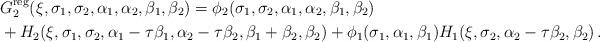
LaTeX: \begin{align*}&G_2^{\mathrm{reg}}(\xi,\sigma_1,\sigma_2,\alpha_1,\alpha_2,\beta_1,\beta_2)=\phi_2(\sigma_1,\sigma_2,\alpha_1,\alpha_2,\beta_1,\beta_2)\\&+H_2(\xi,\sigma_1,\sigma_2,\alpha_1-\tau\beta_1,\alpha_2-\tau\beta_2,\beta_1+\beta_2,\beta_2)+\phi_1(\sigma_1,\alpha_1,\beta_1)H_1(\xi,\sigma_2,\alpha_2-\tau\beta_2,\beta_2)\,.\end{align*}